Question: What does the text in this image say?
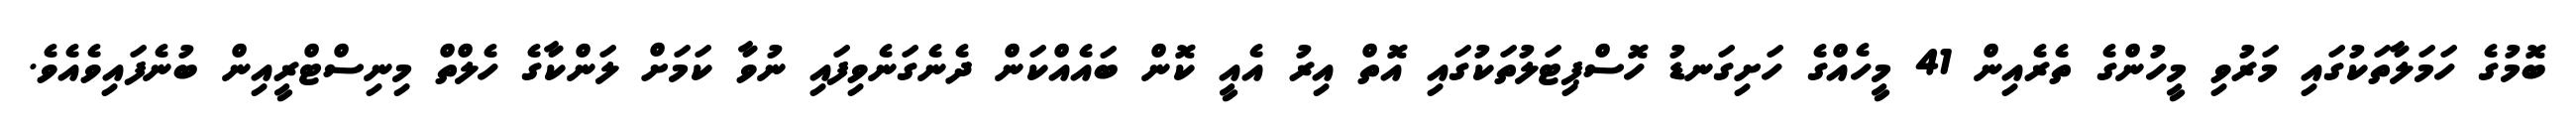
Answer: ބޮމުގެ ހަމަލާތަކުގައި މަރުވި މީހުންގެ ތެރެއިން 41 މީހެއްގެ ހަށިގަނޑު ހޮސްޕިޓަލުތަކުގައި އޮތް އިރު އެއީ ކޮން ބައެއްކަން ދެނެގަނެވިފައި ނުވާ ކަމަށް ލަންކާގެ ހެލްތް މިނިސްޓްރީއިން ބުނެފައިވެއެވެ.